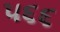
૫૬૬